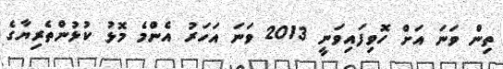
ތިން ވަނަ އަށް ހޮވިފައިވަނީ 2013 ވަނަ އަހަރު އެންމެ މޮޅު ކުޅުންތެރިޔާގެ